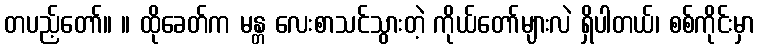
တပည့်တော်။ ။ ထိုခေတ်က မန္တ လေးစာသင်သွားတဲ့ ကိုယ်တော်များလဲ ရှိပါတယ်၊ စစ်ကိုင်းမှာ